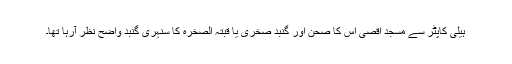
ہیلی کاپٹر سے مسجد اقصی اس کا صحن اور گنبد صخریٰ یا قبتہ الصخرہ کا سنہری گنبد واضح نظر آرہا تھا۔